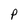
Character: P